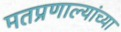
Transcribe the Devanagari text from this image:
मतप्रणाल्यांच्या